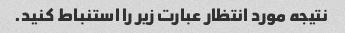
نتیجه مورد انتظار عبارت زیر را استنباط کنید.